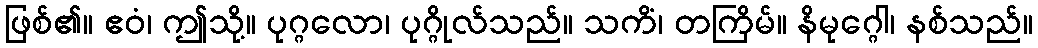
ဖြစ်၏။ ဧဝံ၊ ဤသို့။ ပုဂ္ဂလော၊ ပုဂ္ဂိုလ်သည်။ သကိံ၊ တကြိမ်။ နိမုဂ္ဂေါ၊ နစ်သည်။